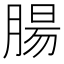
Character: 腸